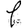
Digit: 1